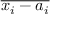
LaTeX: \overline { { x _ { i } - a _ { i } } }